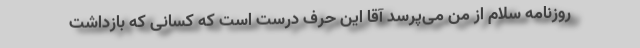
روزنامه سلام از من می‌پرسد آقا این حرف درست است که کسانی که بازداشت